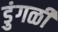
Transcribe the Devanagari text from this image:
डुंगळी